Civil Veterinary Department. United Provinces 1912-22 - 1912-1922
Year: 1912
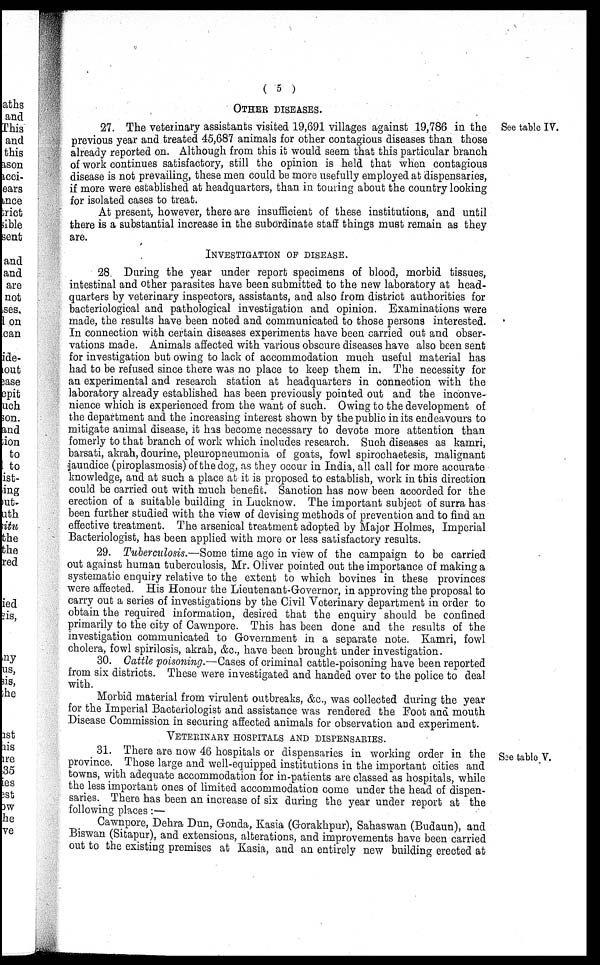
( 5 )
OTHER DISEASES.
See table IV.
27. The veterinary assistants visited 19,691 villages against 19,786 in the
previous year and treated 45,687 animals for other contagious diseases than those
already reported on. Although from this it would seem that this particular branch
of work continues satisfactory, still the opinion is held that when contagious
disease is not prevailing, these men could be more usefully employed at dispensaries,
if more were established at headquarters, than in touring about the country looking
for isolated cases to treat.
At present, however, there are insufficient of these institutions, and until
there is a substantial increase in the subordinate staff things must remain as they
are.
INVESTIGATION OF DISEASE.
28. During the year under report specimens of blood, morbid tissues,
intestinal and other parasites have been submitted to the new laboratory at head-
quarters by veterinary inspectors, assistants, and also from district authorities for
bacteriological and pathological investigation and opinion. Examinations were
made, the results have been noted and communicated to those persons interested.
In connection with certain diseases experiments have been carried out and obser-
vations made. Animals affected with various obscure diseases have also been sent
for investigation but owing to lack of accommodation much useful material has
had to be refused since there was no place to keep them in. The necessity for
an experimental and research station at headquarters in connection with the
laboratory already established has been previously pointed out and the inconve-
nience which is experienced from the want of such. Owing to the development of
the department and the increasing interest shown by the public in its endeavours to
mitigate animal disease, it has become necessary to devote more attention than
fomerly to that branch of work which includes research. Such diseases as kamri,
barsati, akrah, dourine, pleuropneumonia of goats, fowl spirochaetesis, malignant
jaundice (piroplasmosis) of the dog, as they occur in India, all call for more accurate
knowledge, and at such a place at it is proposed to establish, work in this direction
could be carried out with much benefit. Sanction has now been accorded for the
erection of a suitable building in Lucknow. The important subject of surra has
been further studied with the view of devising methods of prevention and to find an
effective treatment. The arsenical treatment adopted by Major Holmes, Imperial
Bacteriologist, has been applied with more or less satisfactory results.
29. Tuberculosis.—Some time ago in view of the campaign to be carried
out against human tuberculosis, Mr. Oliver pointed out the importance of making a
systematic enquiry relative to the extent to which bovines in these provinces
were affected. His Honour the Lieutenant-Governor, in approving the proposal to
carry out a series of investigations by the Civil Veterinary department in order to
obtain the required information, desired that the enquiry should be confined
primarily to the city of Cawnpore. This has been done and the results of the
investigation communicated to Government in a separate note. Kamri, fowl
cholera, fowl spirilosis, akrah, &c., have been brought under investigation.
30. Cattle poisoning.—Cases of criminal cattle-poisoning have been reported
from six districts. These were investigated and handed over to the police to deal
with.
Morbid material from virulent outbreaks, &c., was collected during the year
for the Imperial Bacteriologist and assistance was rendered the Foot and mouth
Disease Commission in securing affected animals for observation and experiment.
VETERINARY HOSPITALS AND DISPENSARIES.
See table V.
31. There are now 46 hospitals or dispensaries in working order in the
province. Those large and well-equipped institutions in the important cities and
towns, with adequate accommodation for in-patients are classed as hospitals, while
the less important ones of limited accommodation come under the head of dispen-
saries. There has been an increase of six during the year under report at the
following places :—
Cawnpore, Dehra Dun, Gonda, Kasia (Gorakhpur), Sahaswan (Budaun), and
Biswan (Sitapur), and extensions, alterations, and improvements have been carried
out to the existing premises at Kasia, and an entirely new building erected at